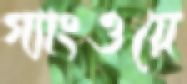
গ্যাংওয়ে